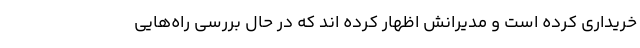
خریداری کرده است و مدیرانش اظهار کرده اند که در حال بررسی راه‌هایی